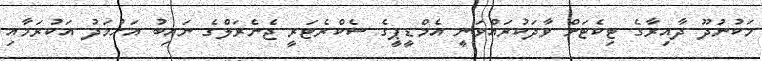
މަކުނުދޫ ދާއިރާގެ ޓިކެޓަށް ވާދަކުރައްވަނީ އެމްޑީޕީގެ ސެކްރެޓަރީ ޖެނެރަލްގެ ނައިބު އަހުމަދު އަކުރަމާއި